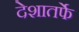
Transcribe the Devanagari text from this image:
देशातर्फे